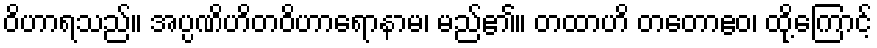
ဝိဟာရသည်။ အပ္ပဏိဟိတဝိဟာရောနာမ၊ မည်၏။ တထာဟိ တတောဧဝ၊ ထို့ကြောင့်